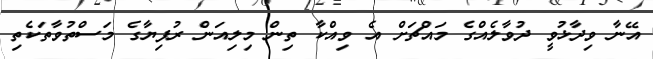
އޭނާ ވިދާޅުވީ ދުވާލެއްގެ މައްޗަށް އެ ވިއްކާ ތިން މިލިއަން ރުފިޔާގެ މަސްތުވާތަކެތި